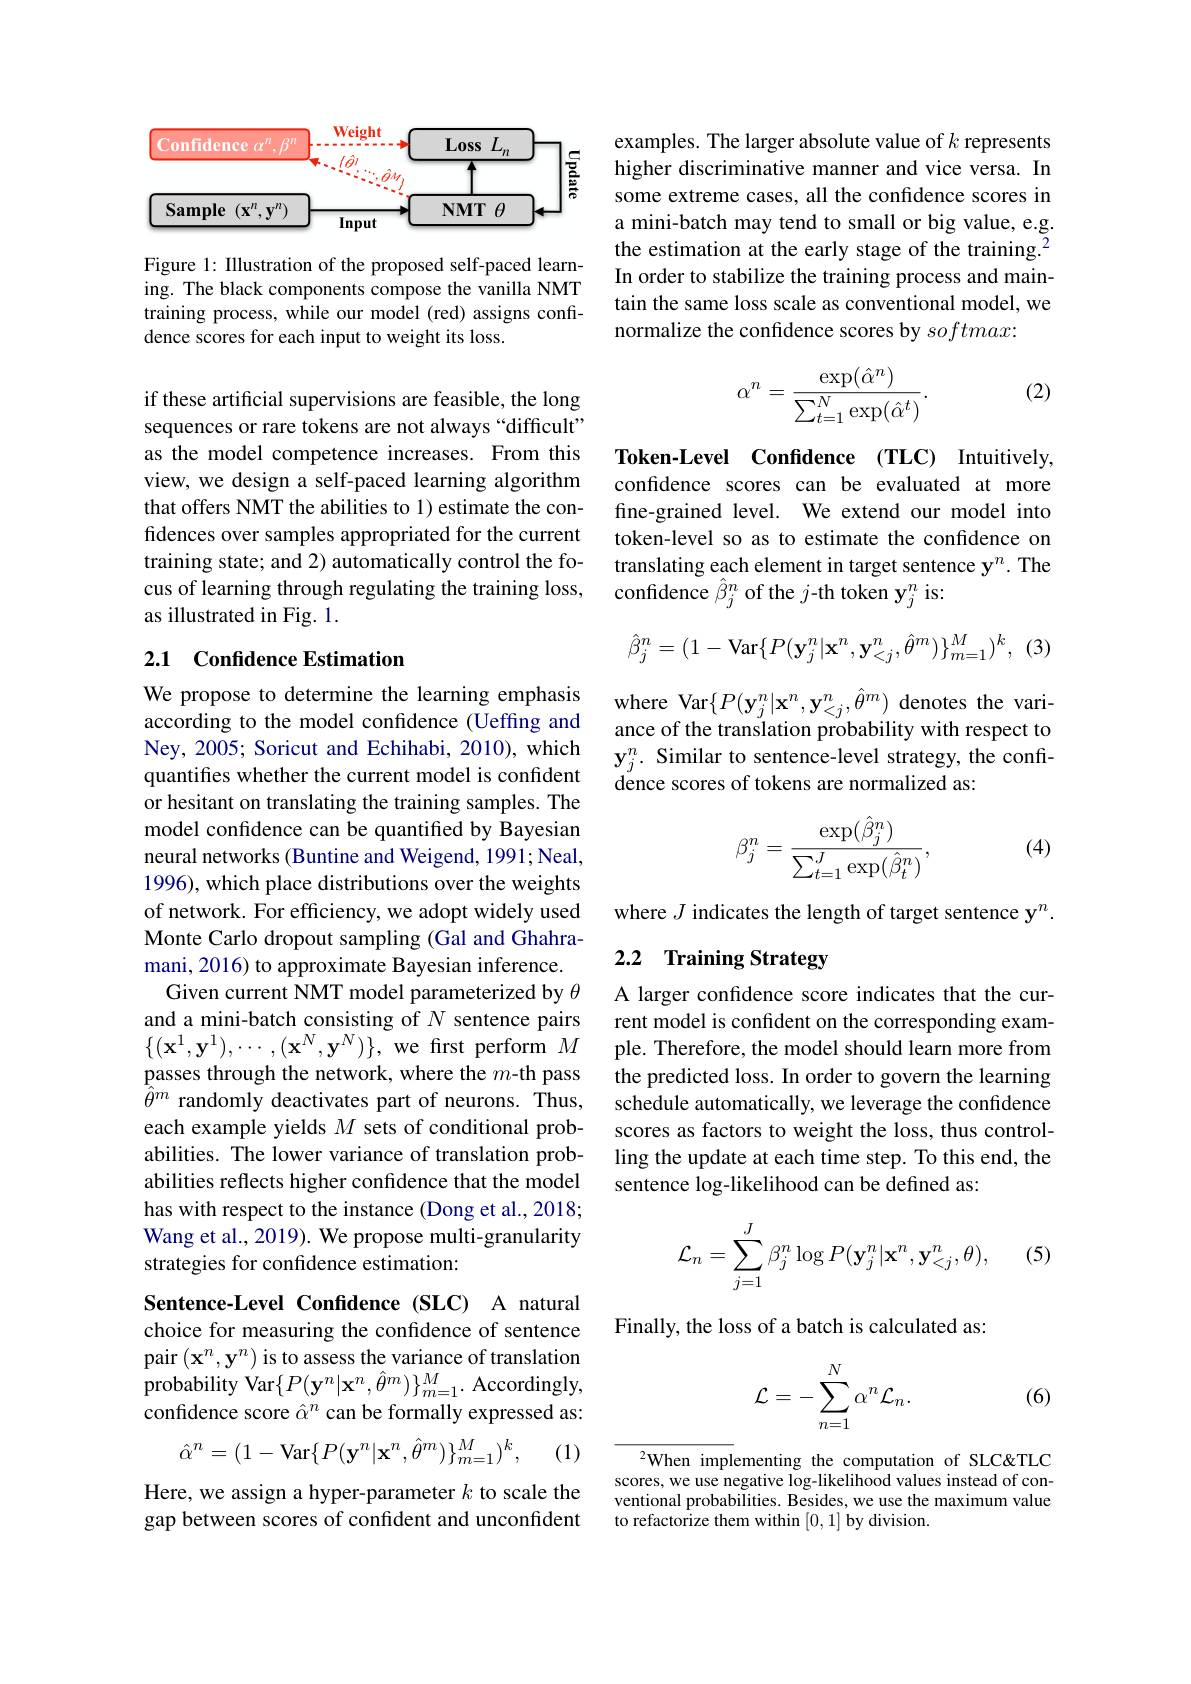
<FigureHere>

Figure 1: Illustration of the proposed self-paced learning. The black components compose the vanilla NMT training process, while our model (red) assigns confidence scores for each input to weight its loss.

if these artificial supervisions are feasible, the long sequences or rare tokens are not always “difficult” as the model competence increases. From this view, we design a self-paced learning algorithm that offers NMT the abilities to 1) estimate the confidences over samples appropriated for the current training state; and 2) automatically control the focus of learning through regulating the training loss, as illustrated in Fig. 1.

## 2.1 Confidence Estimation

We propose to determine the learning emphasis according to the model confidence (Ueffing and Ney, 2005; Soricut and Echihabi, 2010), which quantifes whether the current model is confident or hesitant on translating the training samples. The model confidence can be quantified by Bayesian neural networks (Buntine and Weigend, 1991; Neal, 1996), which place distributions over the weights of network. For efficiency, we adopt widely used Monte Carlo dropout sampling (Gal and Ghahramani, 2016) to approximate Bayesian inference.
Given current NMT model parameterized by $\theta$ and a mini-batch consisting of $N$ sentence pairs $\{(\mathbf{x}^{1},\mathbf{y}^{1}),\cdots,(\mathbf{x}^{N},\mathbf{y}^{N})\}$,we first perform $M$ passes through the network, where the $m$-th pass $\tilde{\hat{\theta}}^{m}$ randomly deactivates part of neurons. Thus, each example yields $M$ sets of conditional probabilities. The lower variance of translation probabilities reflects higher confidence that the model has with respect to the instance (Dong et al., 2018; Wang et al., 2019). We propose multi-granularity strategies for confidence estimation:

Sentence-Level Confidence (SLC) A natural choice for measuring the confidence of sentence pair $(\mathbf{x}^n,\mathbf{y}^n)$ is to assess the variance of translation ${\mathrm{probability~Var}}\{P(\mathbf{y}^{n}|\mathbf{x}^{n},\hat{\theta}^{m})\}_{m=1}^{M}.$ Accordingly, confidence score $\hat{\alpha}^n$ can be formally expressed as:
$$\hat{\alpha}^n=(1-\mathrm{Var}\{P(\mathbf{y}^n|\mathbf{x}^n,\hat{\theta}^m)\}_{m=1}^M)^k,$$
(1)

Here, we assign a hyper-parameter $k$ to scale the gap between scores of confident and unconfident

examples. The larger absolute value of $k$ represents higher discriminative manner and vice versa. In some extreme cases, all the confdence scores in a mini-batch may tend to small or big value, e.g. the estimation at the early stage of the training.$^2$ In order to stabilize the training process and maintain the same loss scale as conventional model, we normalize the confidence scores by $softmax:$

(2)
$$\alpha^n=\frac{\exp(\hat{\alpha}^n)}{\sum_{t=1}^N\exp(\hat{\alpha}^t)}.$$
Token-Level Confdence (TLC) Intuitively confidence scores can be evaluated at more fine-grained level. We extend our model into token-level so as to estimate the confidence on translating each element in target sentence y$^n.$ The confidence $\hat{\beta}_j^n$ of the $j\text{-th token y}_j^n$ is:

(3
$$\hat{\beta}_j^n=(1-\mathrm{Var}\{P(\mathbf{y}_j^n|\mathbf{x}^n,\mathbf{y}_{<j}^n,\hat{\theta}^m)\}_{m=1}^M)^k,$$
where Var$\{P(\mathbf{y}_{j}^{n}|\mathbf{x}^{n},\mathbf{y}_{<j}^{n},\hat{\theta}^{m})$ denotes the variance of the translation probability with respect to $\mathbf{y}_{j}^{n}.$ Similar to sentence-level strategy, the confidence scores of tokens are normalized as:

(4)
$$\beta_j^n=\frac{\exp(\hat{\beta}_j^n)}{\sum_{t=1}^J\exp(\hat{\beta}_t^n)},$$
where $J$ indicates the length of target sentence y$^n.$

## 2.2 Training Strategy

A larger confidence score indicates that the current model is confident on the corresponding example. Therefore, the model should learn more from the predicted loss. In order to govern the learning schedule automatically, we leverage the confidence scores as factors to weight the loss, thus controlling the update at each time step. To this end, the sentence log-likelihood can be defined as:
$$\begin{aligned}\mathcal{L}_n&=\sum_{j=1}^J\beta_j^n\log P(\mathbf{y}_j^n|\mathbf{x}^n,\mathbf{y}_{<j}^n,\theta),\end{aligned}$$
(5)

Finally, the loss of a batch is calculated as:
$$\mathcal{L}=-\sum_{n=1}^N\alpha^n\mathcal{L}_n.$$
(6)

$^2$When implementing the computation of SLC&TLC scores, we use negative log-likelihood values instead of conventional probabilities. Besides, we use the maximum value to refactorize them within [0,1] by division.